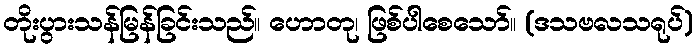
တိုးပွားသန်မြန်ခြင်းသည်။ ဟောတု၊ ဖြစ်ပါစေသော်။ (ဒသဗလသရုပ်)